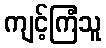
ကျင့်ကြံသူ